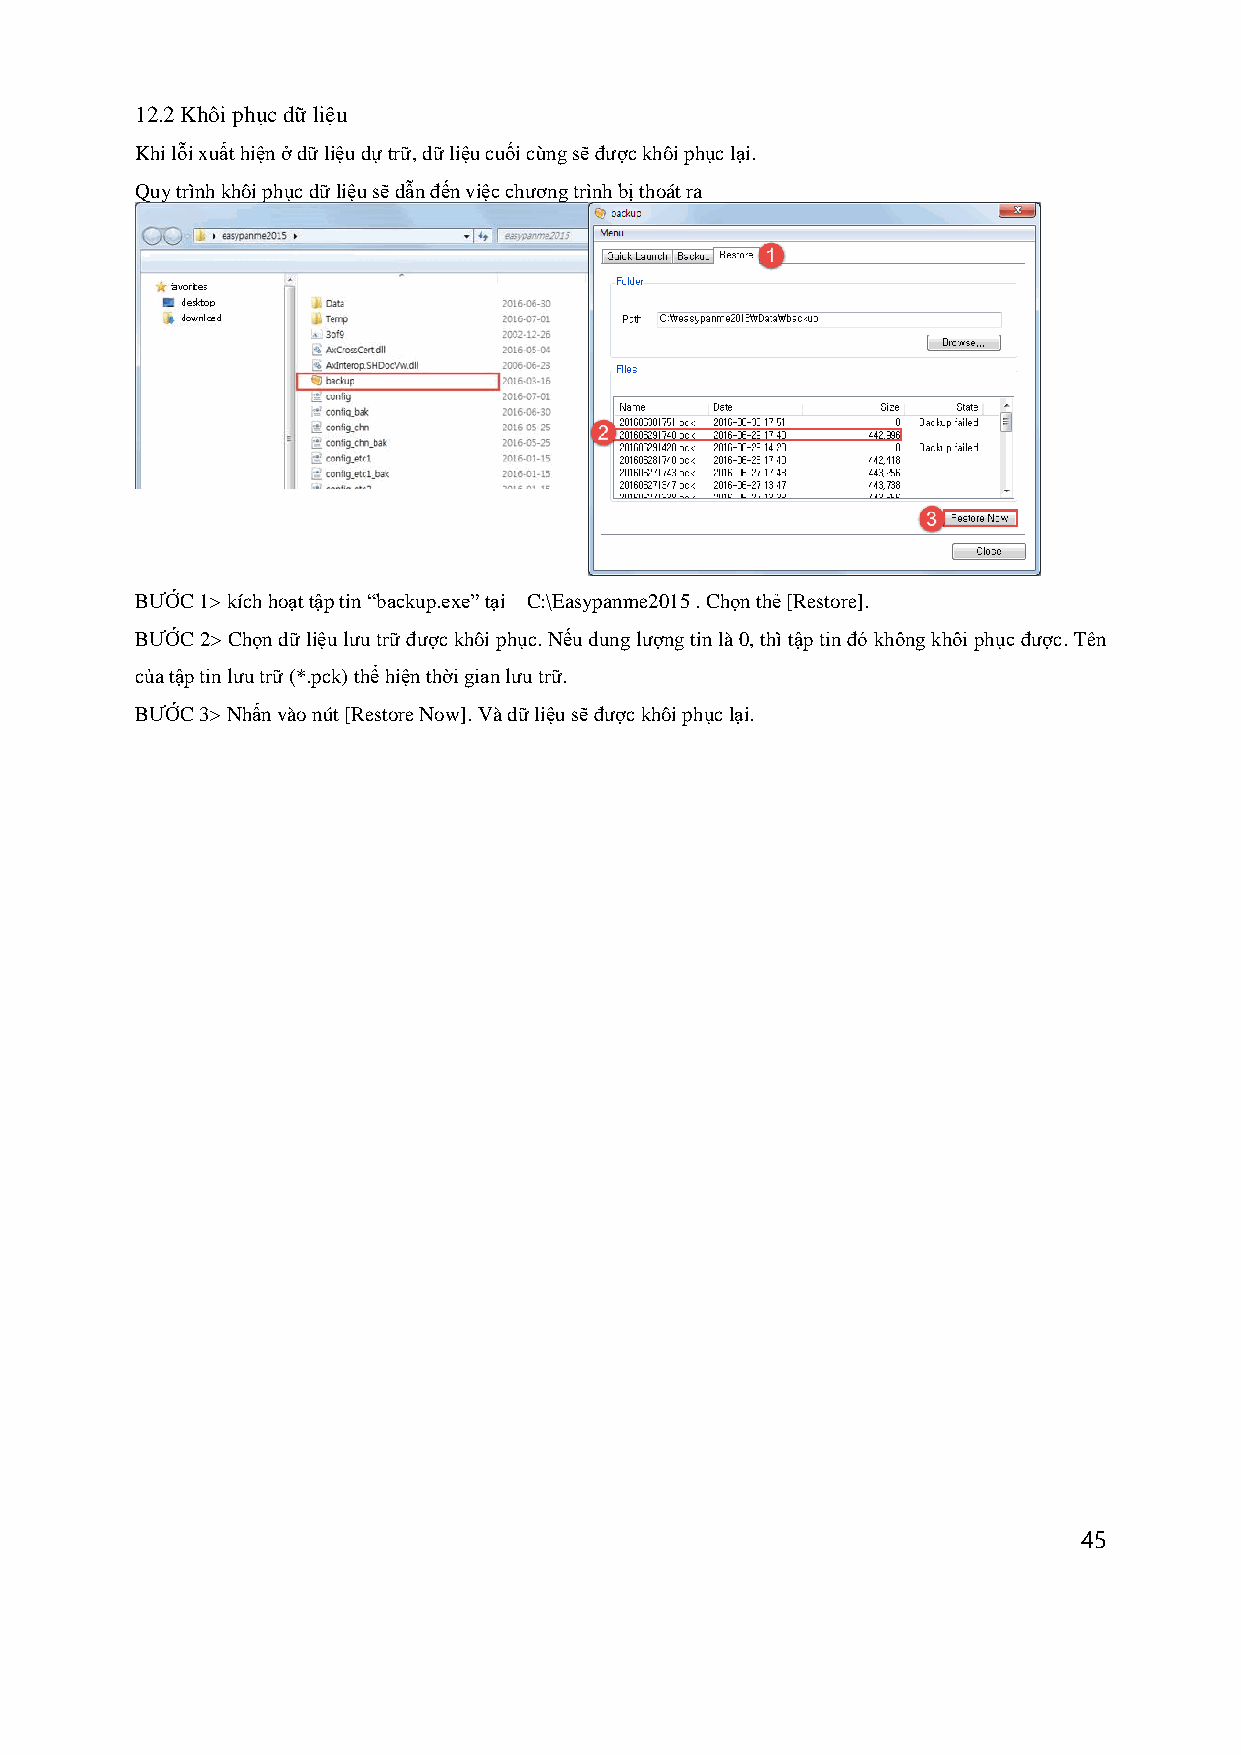
12.2 Khôi phục dữ liệu
 Khi lỗi xuất hiện ở dữ liệu dự trữ, dữ liệu cuối cùng sẽ được khôi phục lại.
 Quy trình khôi phục dữ liệu sẽ dẫn đến việc chương trình bị thoát ra
 BƯỚC 1> kích hoạt tập tin “backup.exe” tại C:\Easypanme2015 . Chọn thẻ [Restore].
 BƯỚC 2> Chọn dữ liệu lưu trữ được khôi phục. Nếu dung lượng tin là 0, thì tập tin đó không khôi phục được. Tên
 của tập tin lưu trữ (*.pck) thể hiện thời gian lưu trữ.
 BƯỚC 3> Nhấn vào nút [Restore Now]. Và dữ liệu sẽ được khôi phục lại.
 45